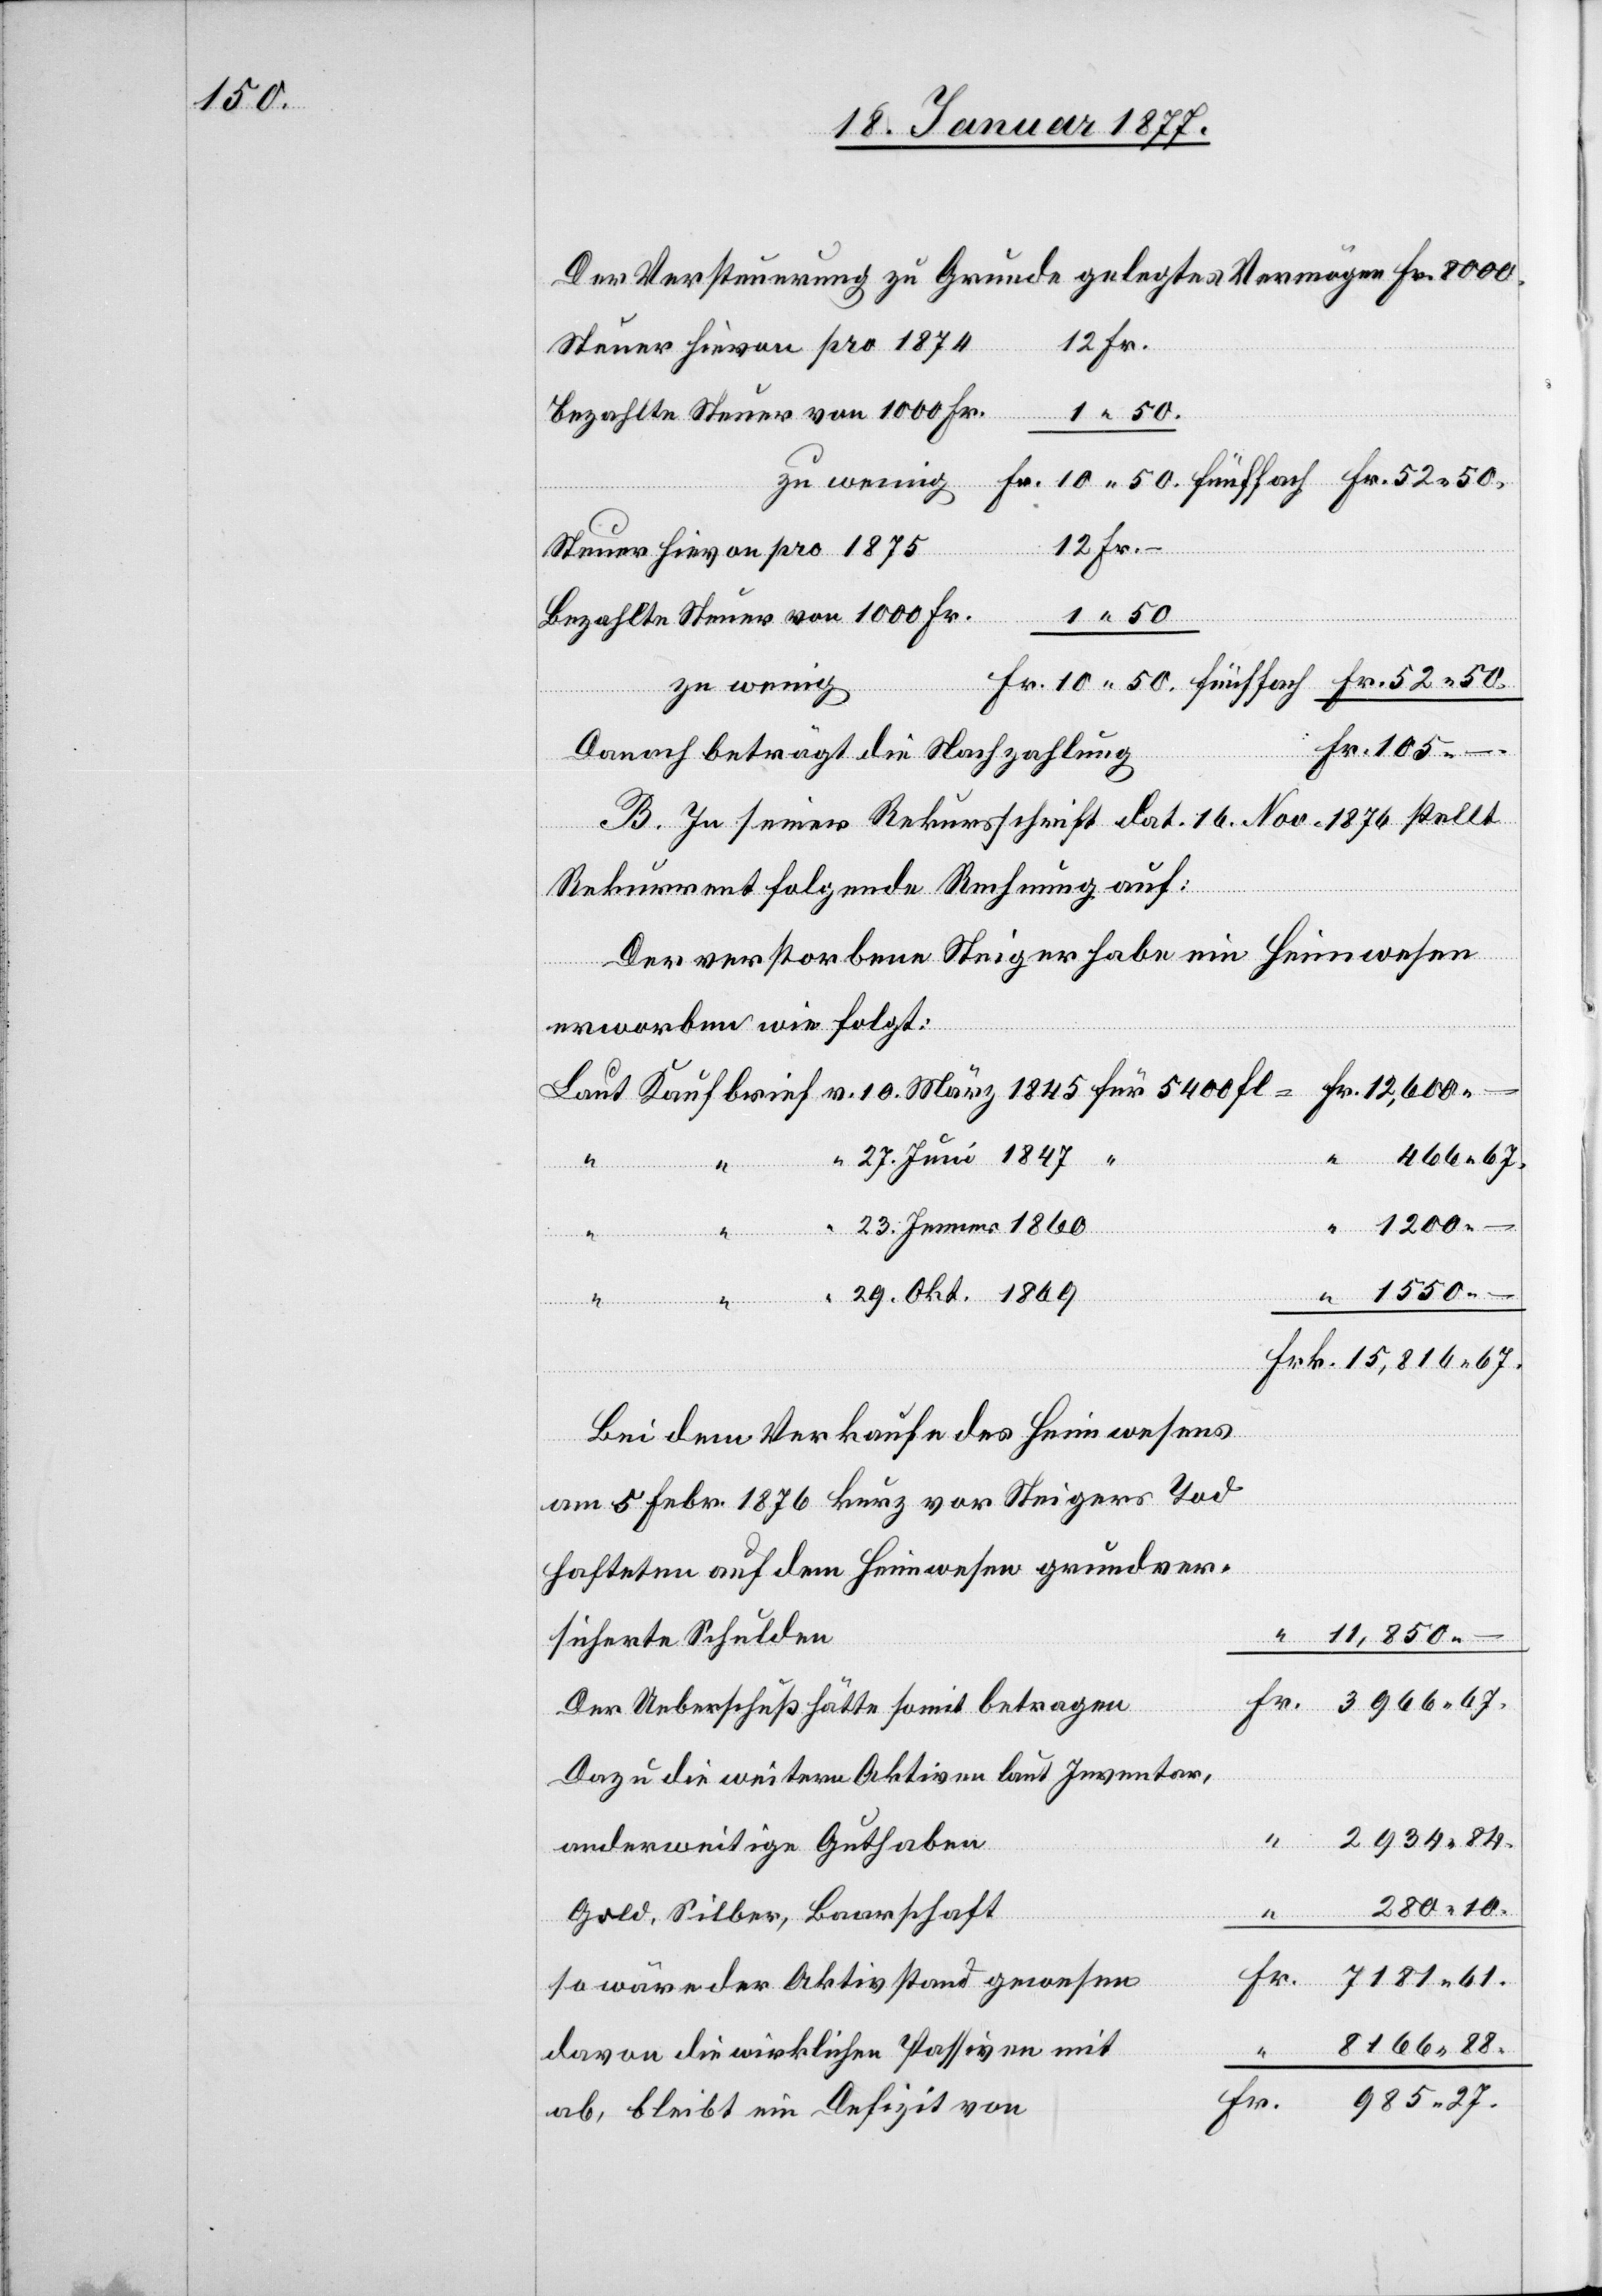
11,850.

Steuer hievon pro 1874
Steuer hievon pro 1875
Bezahlte Steuer von 1000 Fr.
5400
zu wenig
Fr. 105.
Danach beträgt die Nachzahlung
B. In seiner Rekursschrift dat. 16. Nov. 1876 stellt
Rekurrent folgende Rechnung auf:
27. Juni 1847
“
29.
23. Jenner 1860
1200. –
Fl.
Bei dem Verkaufe des Heimwesens
am 5. Febr. 1876 kurz vor Steigers Tod
hafteten auf dem Heimwesen grundver¬
–
sicherte Schulden
Der Ueberschuß hätte somit betragen
Dazu die weitern Aktiven laut Inventar,
2934.84
“
anderweitige Guthaben
280.10
Gold, Silber, Baarschaft
so wäre der Aktivstand gewesen
8166.88
davon die wirklichen Passiven mit
Fr.
985.27
ab, bleibt ein Defizit von